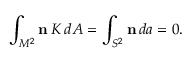
\int _ { M ^ { 2 } } { \bf n } \, K \, d A = \int _ { S ^ { 2 } } { \bf n } \, d a = 0 .